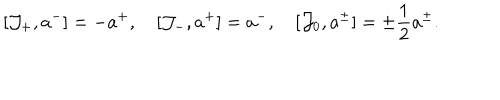
[ { \cal J } _ { + } , a ^ { - } ] = - a ^ { + } , \quad [ { \cal J } _ { - } , a ^ { + } ] = a ^ { - } , \quad [ { \cal J } _ { 0 } , a ^ { \pm } ] = \pm \frac { 1 } { 2 } a ^ { \pm } .